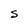
Character: S